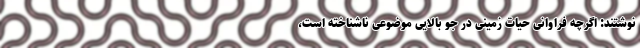
نوشتند: اگرچه فراوانی حیات زمینی در جو بالایی موضوعی ناشناخته است،